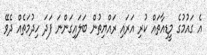
އެ ގައުމުގެ މީޑިއާތައް ކުރި އަރައި ރައްޔިތުން ބަލައިގަންނަ ފަދަ ހިދުމަތެއް ދެވޭ